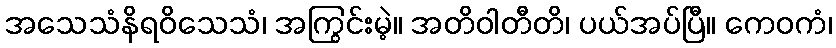
အသေသံနိရဝိသေသံ၊ အကြွင်းမဲ့။ အတိဝါတီတိ၊ ပယ်အပ်ပြီ။ ကေဝကံ၊